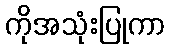
ကိုအသုံးပြုကာ